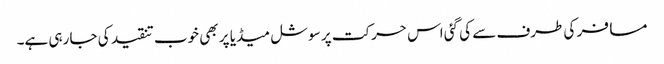
مسافر کی طرف سے کی گئی اس حرکت پر سوشل میڈیا پر بھی خوب تنقید کی جا رہی ہے۔